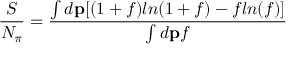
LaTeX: \frac { S } { N _ { \pi } } = \frac { \int d { \bf p } [ ( 1 + f ) l n ( 1 + f ) - f l n ( f ) ] } { \int d { \bf p } f }